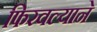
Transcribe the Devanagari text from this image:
फिरवल्याने